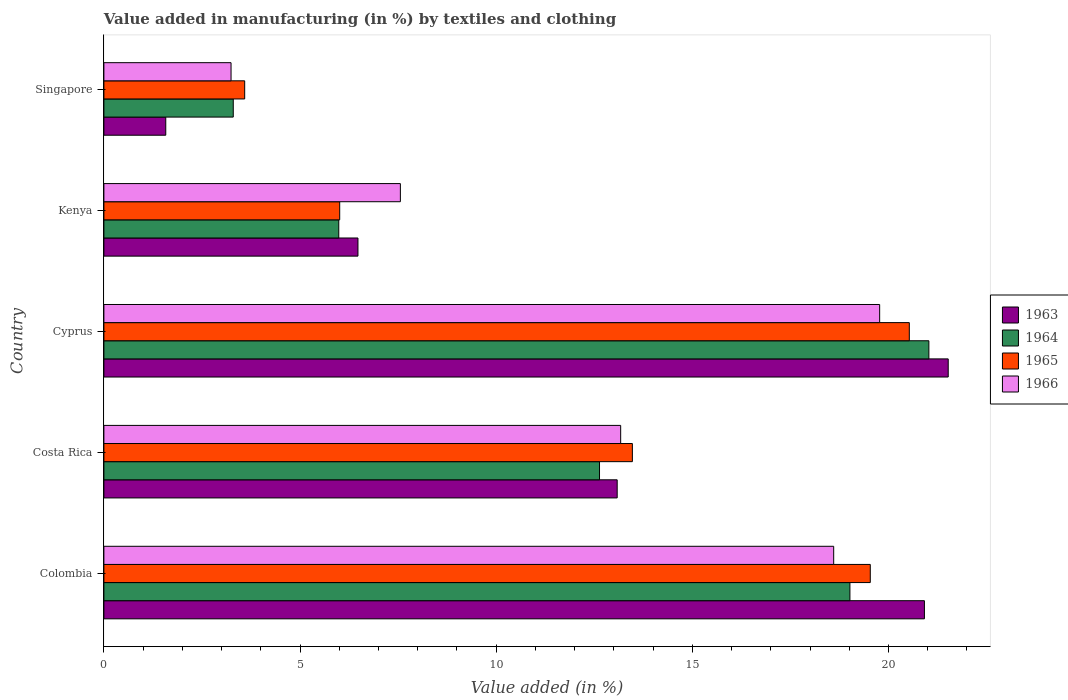
| Country | 1963 | 1964 | 1965 | 1966 |
 | --- | --- | --- | --- | --- |
 | Colombia | 20.9 | 19 | 19.5 | 18.6 |
 | Costa Rica | 13.1 | 12.6 | 13.5 | 13.2 |
 | Cyprus | 21.5 | 21 | 20.5 | 19.8 |
 | Kenya | 6.48 | 5.99 | 6.01 | 7.56 |
 | Singapore | 1.58 | 3.3 | 3.59 | 3.24 |